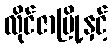
လိုင်ဇာမြို့နှင့်